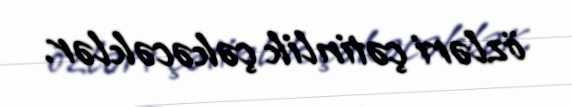
özləri çətinlik çəkəcəklər.